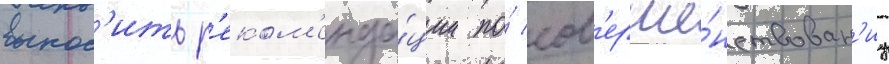
вынос'ить р'еком'енда́ции по́ сов'ерше́нствован'иу